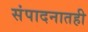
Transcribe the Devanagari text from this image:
संपादनातही